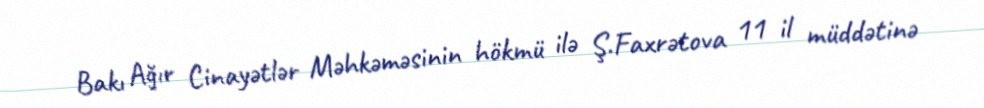
Bakı Ağır Cinayətlər Məhkəməsinin hökmü ilə Ş.Faxrətova 11 il müddətinə